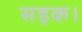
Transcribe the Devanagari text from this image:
सड़क।